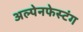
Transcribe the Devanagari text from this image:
अल्पेनफेस्टंग